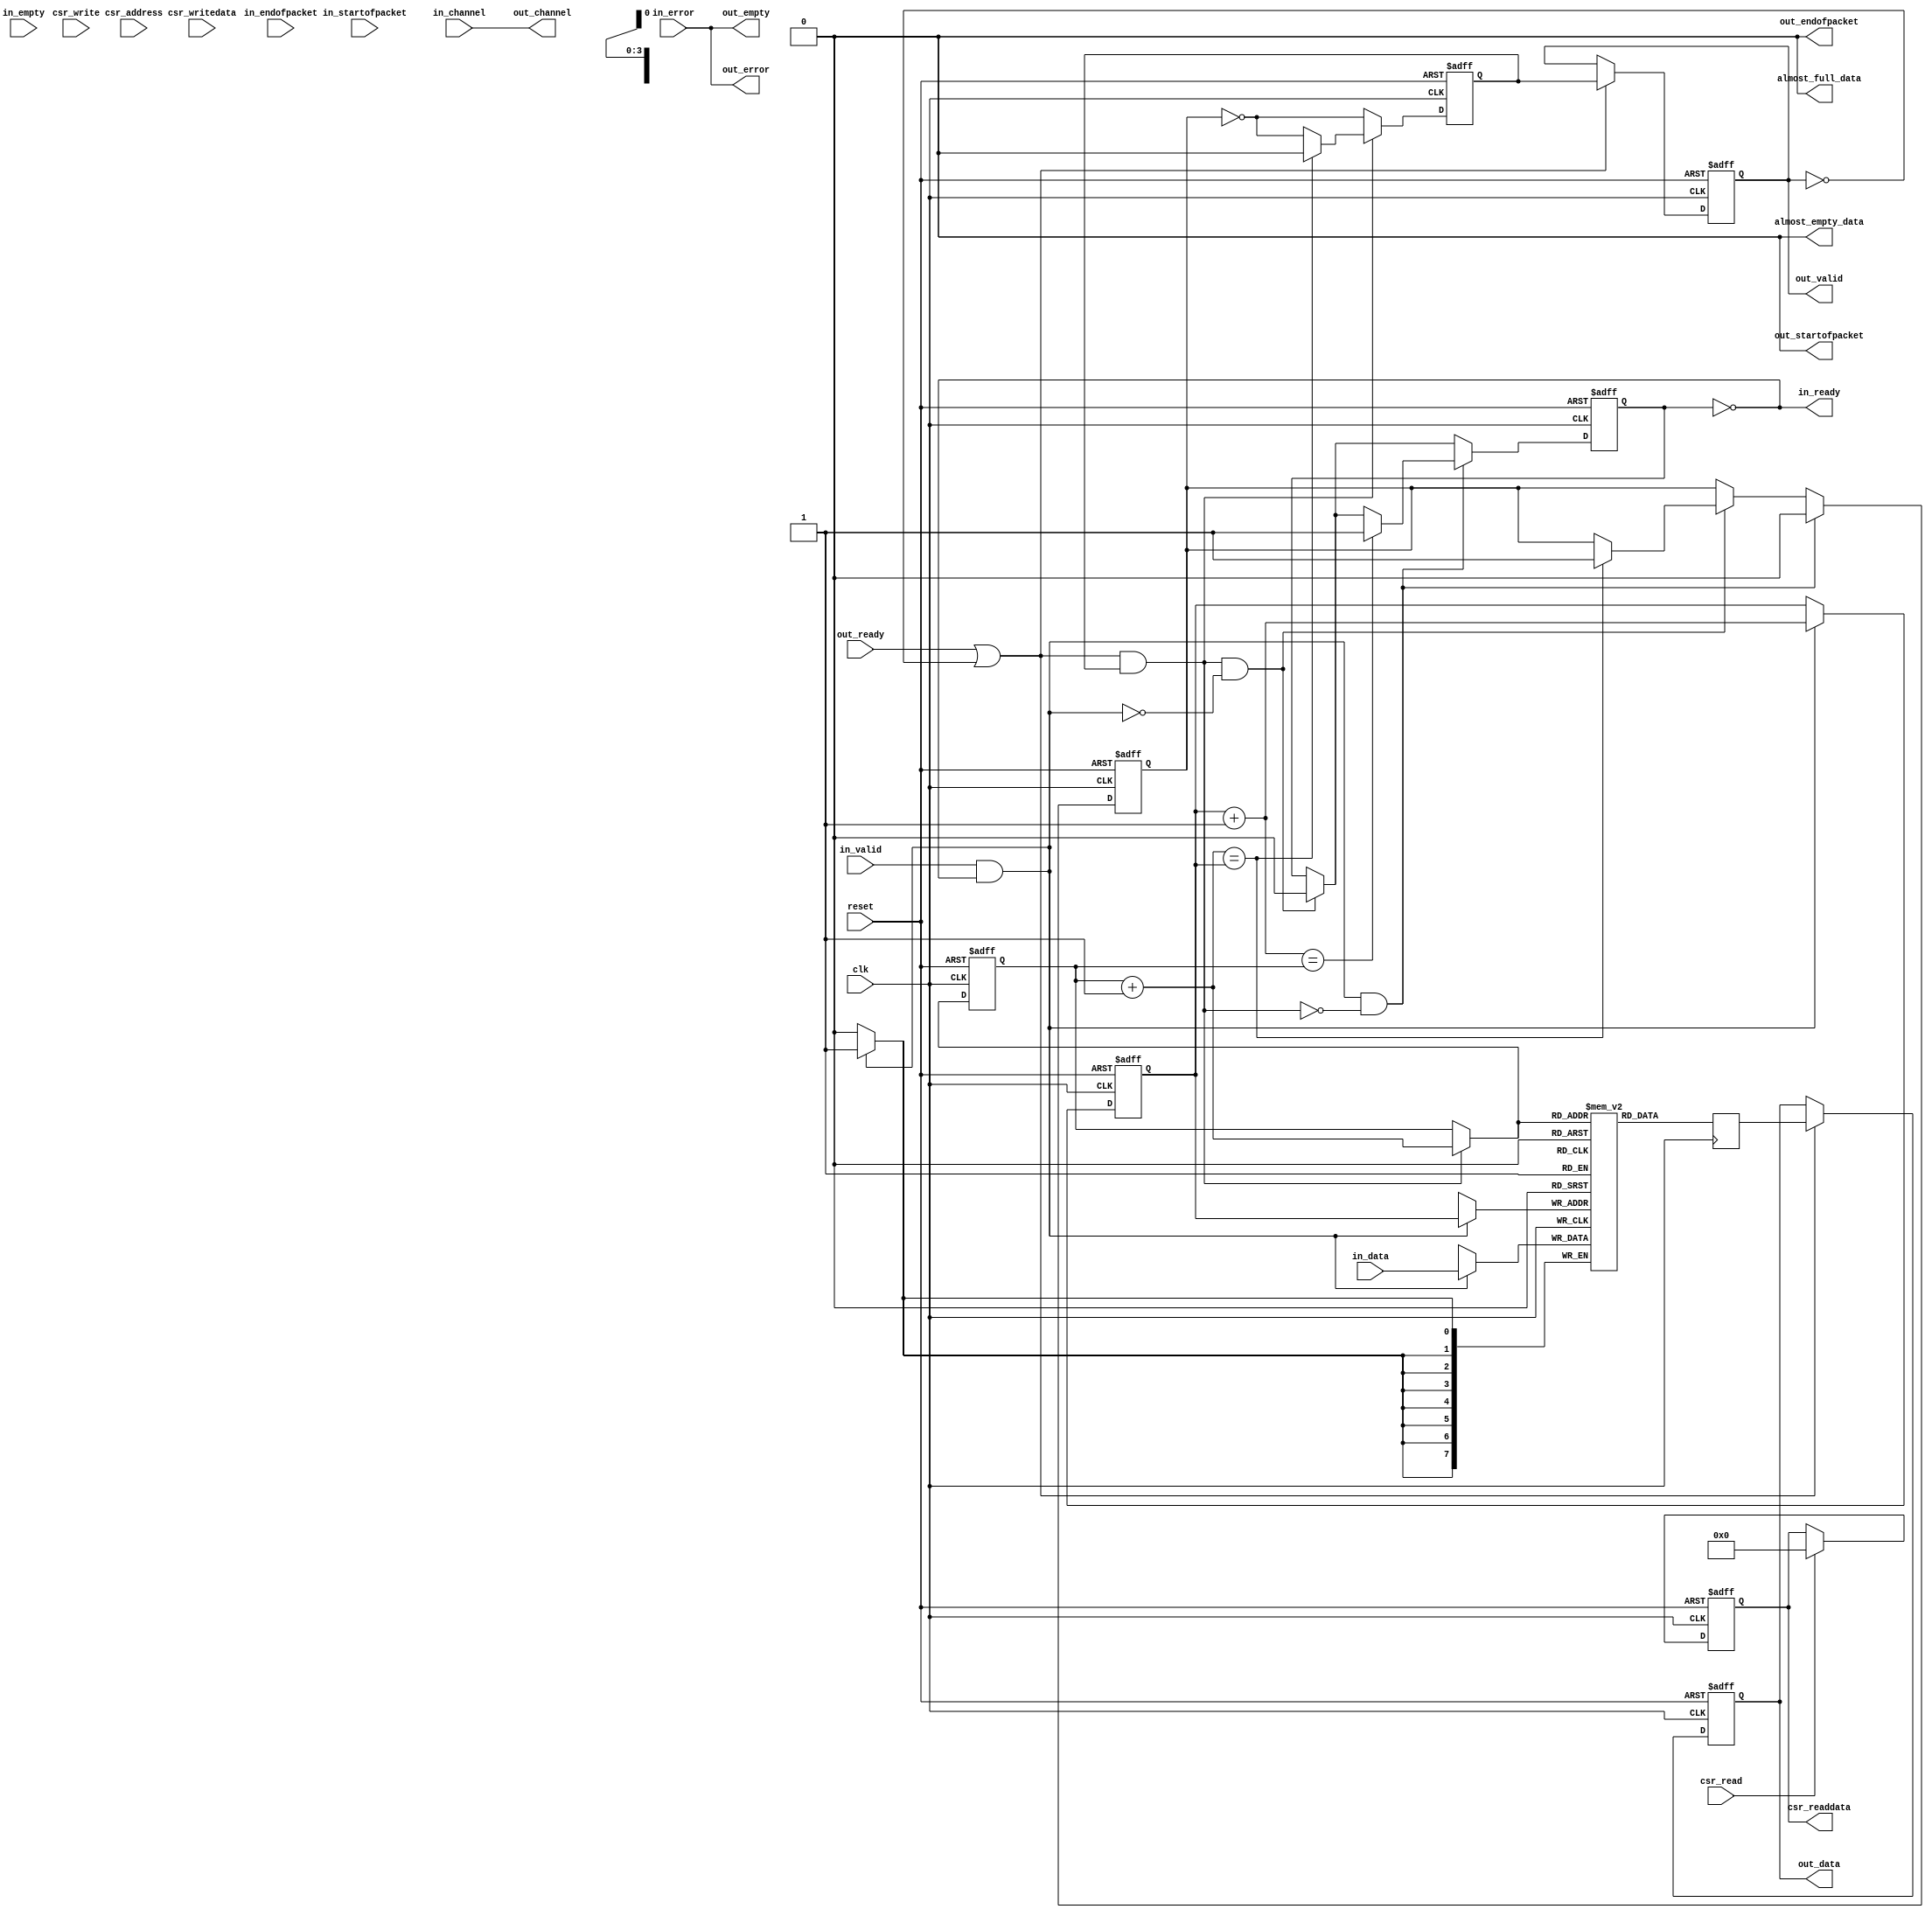
// -----------------------------------------------------------
// Legal Notice: (C)2007 Altera Corporation. All rights reserved.  Your
// use of Altera Corporation's design tools, logic functions and other
// software and tools, and its AMPP partner logic functions, and any
// output files any of the foregoing (including device programming or
// simulation files), and any associated documentation or information are
// expressly subject to the terms and conditions of the Altera Program
// License Subscription Agreement or other applicable license agreement,
// including, without limitation, that your use is for the sole purpose
// of programming logic devices manufactured by Altera and sold by Altera
// or its authorized distributors.  Please refer to the applicable
// agreement for further details.
//
// Description: Single clock Avalon-ST FIFO.
// -----------------------------------------------------------

`timescale 1 ns / 1 ns


//altera message_off 10036
module altera_avalon_sc_fifo
#(
    // --------------------------------------------------
    // Parameters
    // --------------------------------------------------
    parameter SYMBOLS_PER_BEAT  = 1,
    parameter BITS_PER_SYMBOL   = 8,
    parameter FIFO_DEPTH        = 16,
    parameter CHANNEL_WIDTH     = 0,
    parameter ERROR_WIDTH       = 0,
    parameter USE_PACKETS       = 0,
    parameter USE_FILL_LEVEL    = 0,
    parameter USE_STORE_FORWARD = 0,
    parameter USE_ALMOST_FULL_IF = 0,
    parameter USE_ALMOST_EMPTY_IF = 0,

    // --------------------------------------------------
    // Empty latency is defined as the number of cycles
    // required for a write to deassert the empty flag.
    // For example, a latency of 1 means that the empty
    // flag is deasserted on the cycle after a write.
    //
    // Another way to think of it is the latency for a
    // write to propagate to the output. 
    // 
    // An empty latency of 0 implies lookahead, which is
    // only implemented for the register-based FIFO.
    // --------------------------------------------------
    parameter EMPTY_LATENCY     = 3,
    parameter USE_MEMORY_BLOCKS = 1,

    // --------------------------------------------------
    // Internal Parameters
    // --------------------------------------------------
    parameter DATA_WIDTH  = SYMBOLS_PER_BEAT * BITS_PER_SYMBOL,
    parameter EMPTY_WIDTH = log2ceil(SYMBOLS_PER_BEAT)
)
(
    // --------------------------------------------------
    // Ports
    // --------------------------------------------------
    input                       clk,
    input                       reset,

    input [DATA_WIDTH-1: 0]     in_data,
    input                       in_valid,
    input                       in_startofpacket,
    input                       in_endofpacket,
    input [((EMPTY_WIDTH>0) ? (EMPTY_WIDTH-1):0) : 0]     in_empty,
    input [((ERROR_WIDTH>0) ? (ERROR_WIDTH-1):0) : 0]     in_error,
    input [((CHANNEL_WIDTH>0) ? (CHANNEL_WIDTH-1):0): 0]  in_channel,
    output                      in_ready,

    output [DATA_WIDTH-1 : 0]   out_data,
    output reg                  out_valid,
    output                      out_startofpacket,
    output                      out_endofpacket,
    output [((EMPTY_WIDTH>0) ? (EMPTY_WIDTH-1):0) : 0]    out_empty,
    output [((ERROR_WIDTH>0) ? (ERROR_WIDTH-1):0) : 0]    out_error,
    output [((CHANNEL_WIDTH>0) ? (CHANNEL_WIDTH-1):0): 0] out_channel,
    input                       out_ready,

    input [(USE_STORE_FORWARD ? 2 : 1) : 0]   csr_address,
    input                       csr_write,
    input                       csr_read,
    input [31 : 0]              csr_writedata,
    output reg [31 : 0]         csr_readdata,

    output  wire                almost_full_data,
    output  wire                almost_empty_data
);

    // --------------------------------------------------
    // Local Parameters
    // --------------------------------------------------
    localparam ADDR_WIDTH   = log2ceil(FIFO_DEPTH);
    localparam DEPTH        = FIFO_DEPTH;
    localparam PKT_SIGNALS_WIDTH = 2 + EMPTY_WIDTH;
    localparam PAYLOAD_WIDTH     = (USE_PACKETS == 1) ? 
                   2 + EMPTY_WIDTH + DATA_WIDTH + ERROR_WIDTH + CHANNEL_WIDTH:
                   DATA_WIDTH + ERROR_WIDTH + CHANNEL_WIDTH;

    // --------------------------------------------------
    // Internal Signals
    // --------------------------------------------------
    genvar i;

    reg [PAYLOAD_WIDTH-1 : 0] mem [DEPTH-1 : 0];
    reg [ADDR_WIDTH-1 : 0]  wr_ptr;
    reg [ADDR_WIDTH-1 : 0]  rd_ptr;
    reg [DEPTH-1      : 0]  mem_used;

    wire [ADDR_WIDTH-1 : 0] next_wr_ptr;
    wire [ADDR_WIDTH-1 : 0] next_rd_ptr;
    wire [ADDR_WIDTH-1 : 0] incremented_wr_ptr;
    wire [ADDR_WIDTH-1 : 0] incremented_rd_ptr;

    wire [ADDR_WIDTH-1 : 0] mem_rd_ptr;

    wire read;
    wire write;

    reg empty;
    reg next_empty;
    reg full;
    reg next_full;

    wire [PKT_SIGNALS_WIDTH-1 : 0] in_packet_signals;
    wire [PKT_SIGNALS_WIDTH-1 : 0] out_packet_signals;
    wire [PAYLOAD_WIDTH-1 : 0] in_payload;
    reg  [PAYLOAD_WIDTH-1 : 0] internal_out_payload;
    reg  [PAYLOAD_WIDTH-1 : 0] out_payload;

    reg  internal_out_valid;
    wire internal_out_ready;

    reg  [ADDR_WIDTH : 0] fifo_fill_level;
    reg  [ADDR_WIDTH : 0] fill_level;

    reg  [ADDR_WIDTH-1 : 0]   sop_ptr = 0;
    reg  [23:0]   almost_full_threshold;
    reg  [23:0]   almost_empty_threshold;
    reg  [23:0]   cut_through_threshold;
    reg  [15:0]   pkt_cnt;
    reg  [15:0]   pkt_cnt_r;
    reg  [15:0]   pkt_cnt_plusone;
    reg  [15:0]   pkt_cnt_minusone;
    reg           drop_on_error_en;
    reg           error_in_pkt;
    reg           pkt_has_started;
    reg           sop_has_left_fifo;
    reg           fifo_too_small_r;
    reg           pkt_cnt_eq_zero;
    reg           pkt_cnt_eq_one;
    reg           pkt_cnt_changed;

    wire          wait_for_threshold;
    reg           pkt_mode;
    wire          wait_for_pkt;
    wire          ok_to_forward;
    wire          in_pkt_eop_arrive;
    wire          out_pkt_leave;
    wire          in_pkt_start;
    wire          in_pkt_error;
    wire          drop_on_error;
    wire          fifo_too_small;
    wire          out_pkt_sop_leave;
    wire [31:0]   max_fifo_size;
    reg           fifo_fill_level_lt_cut_through_threshold;

    // --------------------------------------------------
    // Define Payload
    //
    // Icky part where we decide which signals form the
    // payload to the FIFO with generate blocks.
    // --------------------------------------------------
    generate
        if (EMPTY_WIDTH > 0) begin
            assign in_packet_signals = {in_startofpacket, in_endofpacket, in_empty};
            assign {out_startofpacket, out_endofpacket, out_empty} = out_packet_signals;
        end 
        else begin
            assign out_empty = in_error;
            assign in_packet_signals = {in_startofpacket, in_endofpacket};
            assign {out_startofpacket, out_endofpacket} = out_packet_signals;
        end
    endgenerate

    generate
        if (USE_PACKETS) begin
            if (ERROR_WIDTH > 0) begin
                if (CHANNEL_WIDTH > 0) begin
                    assign in_payload = {in_packet_signals, in_data, in_error, in_channel};
                    assign {out_packet_signals, out_data, out_error, out_channel} = out_payload;
                end
                else begin
                    assign out_channel = in_channel;
                    assign in_payload = {in_packet_signals, in_data, in_error};
                    assign {out_packet_signals, out_data, out_error} = out_payload;
                end
            end
            else begin
                assign out_error = in_error;
                if (CHANNEL_WIDTH > 0) begin
                    assign in_payload = {in_packet_signals, in_data, in_channel};
                    assign {out_packet_signals, out_data, out_channel} = out_payload;
                end
                else begin
                    assign out_channel = in_channel;
                    assign in_payload = {in_packet_signals, in_data};
                    assign {out_packet_signals, out_data} = out_payload;
                end
            end
        end
        else begin 
            assign out_packet_signals = 0;
            if (ERROR_WIDTH > 0) begin
                if (CHANNEL_WIDTH > 0) begin
                    assign in_payload = {in_data, in_error, in_channel};
                    assign {out_data, out_error, out_channel} = out_payload;
                end
                else begin
                    assign out_channel = in_channel;
                    assign in_payload = {in_data, in_error};
                    assign {out_data, out_error} = out_payload;
                end
            end
            else begin
                assign out_error = in_error;
                if (CHANNEL_WIDTH > 0) begin
                    assign in_payload = {in_data, in_channel};
                    assign {out_data, out_channel} = out_payload;
                end
                else begin
                    assign out_channel = in_channel;
                    assign in_payload = in_data;
                    assign out_data = out_payload;
                end
            end
        end
    endgenerate

    // --------------------------------------------------
    // Memory-based FIFO storage
    //
    // To allow a ready latency of 0, the read index is 
    // obtained from the next read pointer and memory 
    // outputs are unregistered.
    //
    // If the empty latency is 1, we infer bypass logic
    // around the memory so writes propagate to the
    // outputs on the next cycle.
    //
    // Do not change the way this is coded: Quartus needs
    // a perfect match to the template, and any attempt to 
    // refactor the two always blocks into one will break
    // memory inference.
    // --------------------------------------------------
    generate if (USE_MEMORY_BLOCKS == 1) begin

        if (EMPTY_LATENCY == 1) begin

            always @(posedge clk) begin
                if (in_valid && in_ready)
                    mem[wr_ptr] = in_payload;

                internal_out_payload = mem[mem_rd_ptr];
            end

        end else begin

            always @(posedge clk) begin
                if (in_valid && in_ready)
                    mem[wr_ptr] <= in_payload;

                internal_out_payload <= mem[mem_rd_ptr];
            end

        end

        assign mem_rd_ptr = next_rd_ptr;
    
    end else begin 

    // --------------------------------------------------
    // Register-based FIFO storage
    //
    // Uses a shift register as the storage element. Each
    // shift register slot has a bit which indicates if
    // the slot is occupied (credit to Sam H for the idea).
    // The occupancy bits are contiguous and start from the
    // lsb, so 0000, 0001, 0011, 0111, 1111 for a 4-deep
    // FIFO.
    // 
    // Each slot is enabled during a read or when it
    // is unoccupied. New data is always written to every
    // going-to-be-empty slot (we keep track of which ones
    // are actually useful with the occupancy bits). On a
    // read we shift occupied slots.
    // 
    // The exception is the last slot, which always gets 
    // new data when it is unoccupied.
    // --------------------------------------------------
        for (i = 0; i < DEPTH-1; i = i + 1) begin : shift_reg
            always @(posedge clk or posedge reset) begin
                if (reset) begin
                    mem[i] <= 0;
                end 
                else if (read || !mem_used[i]) begin
                    if (!mem_used[i+1])
                        mem[i] <= in_payload;
                    else
                        mem[i] <= mem[i+1];
                end
            end
        end

        always @(posedge clk, posedge reset) begin
            if (reset) begin
                mem[DEPTH-1] <= 0;
            end 
            else begin
                if (!mem_used[DEPTH-1])
                    mem[DEPTH-1] <= in_payload;

                if (DEPTH == 1) begin
                    if (write)
                        mem[DEPTH-1] <= in_payload;
                end
            end
        end

    end
    endgenerate

    assign read  = internal_out_ready && internal_out_valid  && ok_to_forward;
    assign write = in_ready && in_valid;

    // --------------------------------------------------
    // Pointer Management
    // --------------------------------------------------
    generate if (USE_MEMORY_BLOCKS == 1) begin

        assign incremented_wr_ptr = wr_ptr + 1'b1;
        assign incremented_rd_ptr = rd_ptr + 1'b1;
        assign next_wr_ptr =  drop_on_error ? sop_ptr : write ?  incremented_wr_ptr : wr_ptr;
        assign next_rd_ptr = (read) ? incremented_rd_ptr : rd_ptr;

        always @(posedge clk or posedge reset) begin
            if (reset) begin
                wr_ptr <= 0;
                rd_ptr <= 0;
            end
            else begin
                wr_ptr <= next_wr_ptr;
                rd_ptr <= next_rd_ptr;
            end
        end

    end else begin

    // --------------------------------------------------
    // Shift Register Occupancy Bits
    //
    // Consider a 4-deep FIFO with 2 entries: 0011
    // On a read and write, do not modify the bits.
    // On a write, left-shift the bits to get 0111.
    // On a read, right-shift the bits to get 0001.
    //
    // Also, on a write we set bit0 (the head), while
    // clearing the tail on a read.
    // --------------------------------------------------
        always @(posedge clk or posedge reset) begin
            if (reset) begin
                mem_used[0] <= 0;
            end 
            else begin
                if (write ^ read) begin
                    if (read) begin
                        if (DEPTH > 1) 
                            mem_used[0] <= mem_used[1];
                        else
                            mem_used[0] <= 0;
                    end
                    if (write)
                        mem_used[0] <= 1;
                end
            end
        end

        if (DEPTH > 1) begin
            always @(posedge clk or posedge reset) begin
                if (reset) begin
                    mem_used[DEPTH-1] <= 0;
                end
                else begin 
                    if (write ^ read) begin            
                        mem_used[DEPTH-1] <= 0;
                        if (write)
                            mem_used[DEPTH-1] <= mem_used[DEPTH-2];
                    end
                end
            end
          end
     
        for (i = 1; i < DEPTH-1; i = i + 1) begin : storage_logic
            always @(posedge clk, posedge reset) begin
                if (reset) begin
                    mem_used[i] <= 0;
                end 
                else begin
                    if (write ^ read) begin
                        if (read)
                            mem_used[i] <= mem_used[i+1];
                        if (write) 
                            mem_used[i] <= mem_used[i-1];
                    end
                end
            end
        end
     
    end
    endgenerate


    // --------------------------------------------------
    // Memory FIFO Status Management
    //
    // Generates the full and empty signals from the
    // pointers. The FIFO is full when the next write 
    // pointer will be equal to the read pointer after
    // a write. Reading from a FIFO clears full.
    //
    // The FIFO is empty when the next read pointer will
    // be equal to the write pointer after a read. Writing
    // to a FIFO clears empty.
    //
    // A simultaneous read and write must not change any of 
    // the empty or full flags unless there is a drop on error event.
    // --------------------------------------------------
    generate if (USE_MEMORY_BLOCKS == 1) begin

        always @* begin
            next_full = full;
            next_empty = empty;
     
            if (read && !write) begin
                next_full = 1'b0;
     
                if (incremented_rd_ptr == wr_ptr)
                    next_empty = 1'b1;
            end
            
            if (write && !read) begin
                if (!drop_on_error)
                  next_empty = 1'b0;
                else if (sop_ptr == rd_ptr)   // drop on error and only 1 pkt in fifo
                  next_empty = 1'b1;
     
                if (incremented_wr_ptr == rd_ptr && !drop_on_error)
                    next_full = 1'b1;
            end

            if (write && read && drop_on_error) begin
                if (sop_ptr == next_rd_ptr)
                  next_empty = 1'b1;
            end
        end
     
        always @(posedge clk or posedge reset) begin
            if (reset) begin
                empty <= 1;
                full  <= 0;
            end
            else begin 
                empty <= next_empty;
                full  <= next_full;
            end
        end

    end else begin
    // --------------------------------------------------
    // Register FIFO Status Management
    //
    // Full when the tail occupancy bit is 1. Empty when
    // the head occupancy bit is 0.
    // --------------------------------------------------
        always @* begin
            full  = mem_used[DEPTH-1];
            empty = !mem_used[0];

            // ------------------------------------------
            // For a single slot FIFO, reading clears the
            // full status immediately.
            // ------------------------------------------
            if (DEPTH == 1)
                full = mem_used[0] && !read;

            internal_out_payload = mem[0];

            // ------------------------------------------
            // Writes clear empty immediately for lookahead modes.
            // Note that we use in_valid instead of write to avoid
            // combinational loops (in lookahead mode, qualifying
            // with in_ready is meaningless).
            //
            // In a 1-deep FIFO, a possible combinational loop runs
            // from write -> out_valid -> out_ready -> write
            // ------------------------------------------
            if (EMPTY_LATENCY == 0) begin
                empty = !mem_used[0] && !in_valid;

                if (!mem_used[0] && in_valid)
                    internal_out_payload = in_payload;
            end
        end

    end
    endgenerate

    // --------------------------------------------------
    // Avalon-ST Signals
    //
    // The in_ready signal is straightforward. 
    //
    // To match memory latency when empty latency > 1, 
    // out_valid assertions must be delayed by one clock
    // cycle.
    //
    // Note: out_valid deassertions must not be delayed or 
    // the FIFO will underflow.
    // --------------------------------------------------
    assign in_ready = !full;
    assign internal_out_ready = out_ready || !out_valid;

    generate if (EMPTY_LATENCY > 1) begin
        always @(posedge clk or posedge reset) begin
            if (reset)
                internal_out_valid <= 0;
            else begin
                internal_out_valid <= !empty & ok_to_forward & ~drop_on_error;

                if (read) begin
                    if (incremented_rd_ptr == wr_ptr)
                        internal_out_valid <= 1'b0;
                end
            end
        end
    end else begin
        always @* begin
            internal_out_valid = !empty & ok_to_forward;
        end
    end
    endgenerate

    // --------------------------------------------------
    // Single Output Pipeline Stage
    //
    // This output pipeline stage is enabled if the FIFO's 
    // empty latency is set to 3 (default). It is disabled
    // for all other allowed latencies.
    //
    // Reason: The memory outputs are unregistered, so we have to
    // register the output or fmax will drop if combinatorial
    // logic is present on the output datapath.
    // 
    // Q: The Avalon-ST spec says that I have to register my outputs
    //    But isn't the memory counted as a register?
    // A: The path from the address lookup to the memory output is
    //    slow. Registering the memory outputs is a good idea. 
    //
    // The registers get packed into the memory by the fitter
    // which means minimal resources are consumed (the result
    // is a altsyncram with registered outputs, available on 
    // all modern Altera devices). 
    //
    // This output stage acts as an extra slot in the FIFO, 
    // and complicates the fill level.
    // --------------------------------------------------
    generate if (EMPTY_LATENCY == 3) begin
        always @(posedge clk or posedge reset) begin
            if (reset) begin
                out_valid   <= 0;
                out_payload <= 0;
            end
            else begin
                if (internal_out_ready) begin
                    out_valid   <= internal_out_valid & ok_to_forward;
                    out_payload <= internal_out_payload;
                end
            end
        end
    end
    else begin
        always @* begin
            out_valid   = internal_out_valid;
            out_payload = internal_out_payload;
        end
    end
    endgenerate

    // --------------------------------------------------
    // Fill Level
    //
    // The fill level is calculated from the next write
    // and read pointers to avoid unnecessary latency.
    //
    // If the output pipeline is enabled, the fill level 
    // must account for it, or we'll always be off by one.
    // This may, or may not be important depending on the
    // application.
    //
    // For now, we'll always calculate the exact fill level
    // at the cost of an extra adder when the output stage
    // is enabled.
    // --------------------------------------------------
    generate if (USE_FILL_LEVEL) begin
        wire [31:0] depth32;
        assign depth32 = DEPTH;
        always @(posedge clk or posedge reset) begin
            if (reset) 
                fifo_fill_level <= 0;
            else if (next_full & !drop_on_error)
                fifo_fill_level <= depth32[ADDR_WIDTH:0];
            else begin
                fifo_fill_level[ADDR_WIDTH]     <= 1'b0;
                fifo_fill_level[ADDR_WIDTH-1 : 0] <= next_wr_ptr - next_rd_ptr;
            end
        end

        always @* begin
            fill_level = fifo_fill_level;

            if (EMPTY_LATENCY == 3)
                fill_level = fifo_fill_level + {{ADDR_WIDTH{1'b0}}, out_valid};
        end
    end
    else begin
        initial fill_level = 0;
    end
    endgenerate

    generate if (USE_ALMOST_FULL_IF) begin
      assign almost_full_data = (fill_level >= almost_full_threshold);
    end
    else
      assign almost_full_data = 0;
    endgenerate

    generate if (USE_ALMOST_EMPTY_IF) begin
      assign almost_empty_data = (fill_level <= almost_empty_threshold);
    end
    else
      assign almost_empty_data = 0;
    endgenerate

    // --------------------------------------------------
    // Avalon-MM Status & Control Connection Point
    //
    // Register map:
    //
    // | Addr   | RW |     31 - 0      |
    // |  0     | R  |   Fill level    |
    //
    // The registering of this connection point means
    // that there is a cycle of latency between 
    // reads/writes and the updating of the fill level.
    // --------------------------------------------------
    generate if (USE_STORE_FORWARD) begin
    assign max_fifo_size = FIFO_DEPTH - 1;
      always @(posedge clk or posedge reset) begin
          if (reset) begin
              almost_full_threshold  <= max_fifo_size[23 : 0];
              almost_empty_threshold <= 0;
              cut_through_threshold  <= 0;
              drop_on_error_en       <= 0;
              csr_readdata           <= 0;
              pkt_mode               <= 1'b1;
          end
          else begin
             if (csr_write) begin
               if(csr_address == 3'b010)
                  almost_full_threshold  <= csr_writedata[23:0]; 
               if(csr_address == 3'b011)
                  almost_empty_threshold <= csr_writedata[23:0]; 
               if(csr_address == 3'b100) begin
                  cut_through_threshold  <= csr_writedata[23:0]; 
                  pkt_mode <= (csr_writedata[23:0] == 0);
                end
               if(csr_address == 3'b101)
                  drop_on_error_en       <= csr_writedata[0]; 
              end

              if (csr_read) begin
                csr_readdata <= 32'b0;
                if (csr_address == 0)
                    csr_readdata <= {{(31 - ADDR_WIDTH){1'b0}}, fill_level};
                if (csr_address == 2)
                    csr_readdata <= {8'b0, almost_full_threshold};
                if (csr_address == 3)
                    csr_readdata <= {8'b0, almost_empty_threshold};
                if (csr_address == 4)
                    csr_readdata <= {8'b0, cut_through_threshold};
                if (csr_address == 5)
                    csr_readdata <= {31'b0, drop_on_error_en};
              end
          end
      end
    end
    else if (USE_ALMOST_FULL_IF || USE_ALMOST_EMPTY_IF) begin
    assign max_fifo_size = FIFO_DEPTH - 1;
      always @(posedge clk or posedge reset) begin
          if (reset) begin
              almost_full_threshold  <= max_fifo_size[23 : 0];
              almost_empty_threshold <= 0;
              csr_readdata           <= 0;
          end
          else begin
             if (csr_write) begin
               if(csr_address == 3'b010)
                  almost_full_threshold  <= csr_writedata[23:0];
               if(csr_address == 3'b011)
                  almost_empty_threshold <= csr_writedata[23:0];
              end

              if (csr_read) begin
                csr_readdata <= 32'b0;
                if (csr_address == 0)
                    csr_readdata <= {{(31 - ADDR_WIDTH){1'b0}}, fill_level};
                if (csr_address == 2)
                    csr_readdata <= {8'b0, almost_full_threshold};
                if (csr_address == 3)
                    csr_readdata <= {8'b0, almost_empty_threshold};
              end
          end
      end
    end
    else begin
      always @(posedge clk or posedge reset) begin
          if (reset) begin
              csr_readdata <= 0;
          end
          else if (csr_read) begin
              csr_readdata <= 0;

              if (csr_address == 0) 
                  csr_readdata <= fill_level;
          end
      end
    end
    endgenerate

    // --------------------------------------------------
    // Store and forward logic
    // --------------------------------------------------
    // if the fifo gets full before the entire packet or the
    // cut-threshold condition is met then start sending out
    // data in order to avoid dead-lock situation

    generate if (USE_STORE_FORWARD) begin
      assign wait_for_threshold   = (fifo_fill_level_lt_cut_through_threshold) & wait_for_pkt ;
      assign wait_for_pkt         = pkt_cnt_eq_zero  | (pkt_cnt_eq_one  & out_pkt_leave);
      assign ok_to_forward        = (pkt_mode ? (~wait_for_pkt | ~pkt_has_started) : 
                                     ~wait_for_threshold) | fifo_too_small_r;
      assign in_pkt_eop_arrive    = in_valid & in_ready & in_endofpacket;
      assign in_pkt_start         = in_valid & in_ready & in_startofpacket;
      assign in_pkt_error         = in_valid & in_ready & |in_error;
      assign out_pkt_sop_leave    = out_valid & out_ready & out_startofpacket;
      assign out_pkt_leave        = out_valid & out_ready & out_endofpacket;
      assign fifo_too_small       = (pkt_mode ? wait_for_pkt : wait_for_threshold) & full & out_ready;

      // count packets coming and going into the fifo
      always @(posedge clk or posedge reset) begin
        if (reset) begin
          pkt_cnt           <= 0;
          pkt_cnt_r           <= 0;
          pkt_cnt_plusone   <= 1;
          pkt_cnt_minusone  <= 0;
          pkt_cnt_changed   <= 0;
          pkt_has_started   <= 0;
          sop_has_left_fifo <= 0;
          fifo_too_small_r  <= 0;
          pkt_cnt_eq_zero   <= 1'b1;
          pkt_cnt_eq_one    <= 1'b0;
          fifo_fill_level_lt_cut_through_threshold <= 1'b1;
        end
        else begin
          fifo_fill_level_lt_cut_through_threshold <= fifo_fill_level < cut_through_threshold;
          fifo_too_small_r <= fifo_too_small;
          pkt_cnt_plusone  <= pkt_cnt + 1'b1;
          pkt_cnt_minusone <= pkt_cnt - 1'b1;  
          pkt_cnt_r        <= pkt_cnt;
          pkt_cnt_changed  <= 1'b0;

          if( in_pkt_eop_arrive )
            sop_has_left_fifo <= 1'b0;
          else if (out_pkt_sop_leave & pkt_cnt_eq_zero )
            sop_has_left_fifo <= 1'b1;

          if (in_pkt_eop_arrive & ~out_pkt_leave & ~drop_on_error ) begin
            pkt_cnt_changed <= 1'b1;
            pkt_cnt <= pkt_cnt_changed ? pkt_cnt_r : pkt_cnt_plusone;
            pkt_cnt_eq_zero <= 0;
            if (pkt_cnt == 0)
              pkt_cnt_eq_one <= 1'b1;
            else
              pkt_cnt_eq_one <= 1'b0;
          end
          else if((~in_pkt_eop_arrive | drop_on_error) & out_pkt_leave) begin
            pkt_cnt_changed <= 1'b1;
            pkt_cnt <= pkt_cnt_changed ? pkt_cnt_r : pkt_cnt_minusone;
            if (pkt_cnt == 1) 
              pkt_cnt_eq_zero <= 1'b1;
            else
              pkt_cnt_eq_zero <= 1'b0;
            if (pkt_cnt == 2) 
              pkt_cnt_eq_one <= 1'b1;
            else
              pkt_cnt_eq_one <= 1'b0;
          end

          if (in_pkt_start)
            pkt_has_started <= 1'b1;
          else if (in_pkt_eop_arrive)
            pkt_has_started <= 1'b0;
        end
      end

      // drop on error logic
      always @(posedge clk or posedge reset) begin
        if (reset) begin
          sop_ptr <= 0;
          error_in_pkt <= 0;
        end
        else begin
          // save the location of the SOP
          if ( in_pkt_start ) 
            sop_ptr <= wr_ptr;

          // remember if error in pkt
          // log error only if packet has already started
          if (in_pkt_eop_arrive)
            error_in_pkt <= 1'b0;
          else if ( in_pkt_error & (pkt_has_started | in_pkt_start))
            error_in_pkt <= 1'b1;
        end
      end
      assign drop_on_error = drop_on_error_en & (error_in_pkt | in_pkt_error) & in_pkt_eop_arrive & 
                            ~sop_has_left_fifo & ~(out_pkt_sop_leave & pkt_cnt_eq_zero);

    end
    else begin
      assign ok_to_forward = 1'b1;
      assign drop_on_error = 1'b0;
    end
    endgenerate


    // --------------------------------------------------
    // Calculates the log2ceil of the input value
    // --------------------------------------------------
    function integer log2ceil;
        input integer val;
        integer i;

        begin
            i = 1;
            log2ceil = 0;

            while (i < val) begin
                log2ceil = log2ceil + 1;
                i = i << 1; 
            end
        end
    endfunction

endmodule